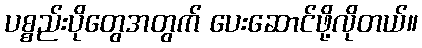
ပစ္စည်းပိုတွေအတွက် ပေးဆောင်ဖို့လိုတယ်။